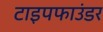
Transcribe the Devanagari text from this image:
टाइपफाउंडर